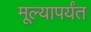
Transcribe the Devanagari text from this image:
मूल्यापर्यंत